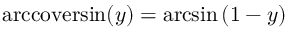
\operatorname { a r c c o v e r s i n } ( y ) = \arcsin \left( 1 - y \right)